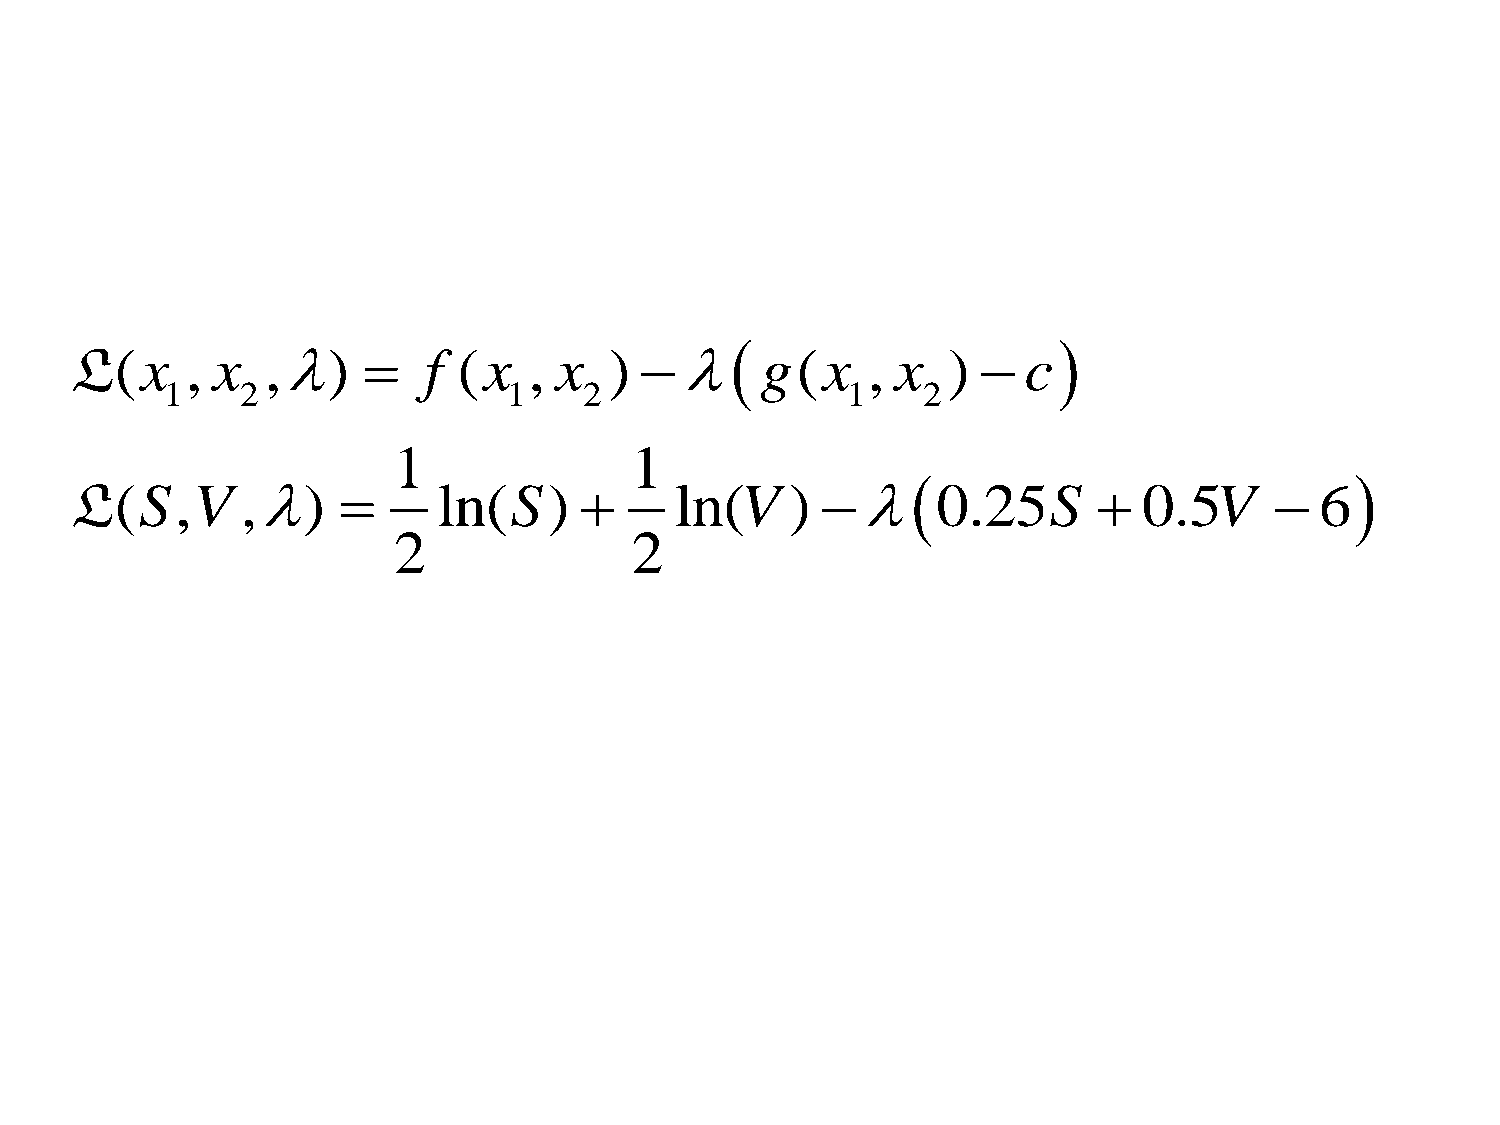
                     
 L(x    , x   ,)      f (x   , x  )       g(x    , x   )   c
 1    2                 1    2                1    2
 1               1
                              
 L(S,V      ,)         ln(S)          ln(V   )       0.25S        0.5V      6
 2               2